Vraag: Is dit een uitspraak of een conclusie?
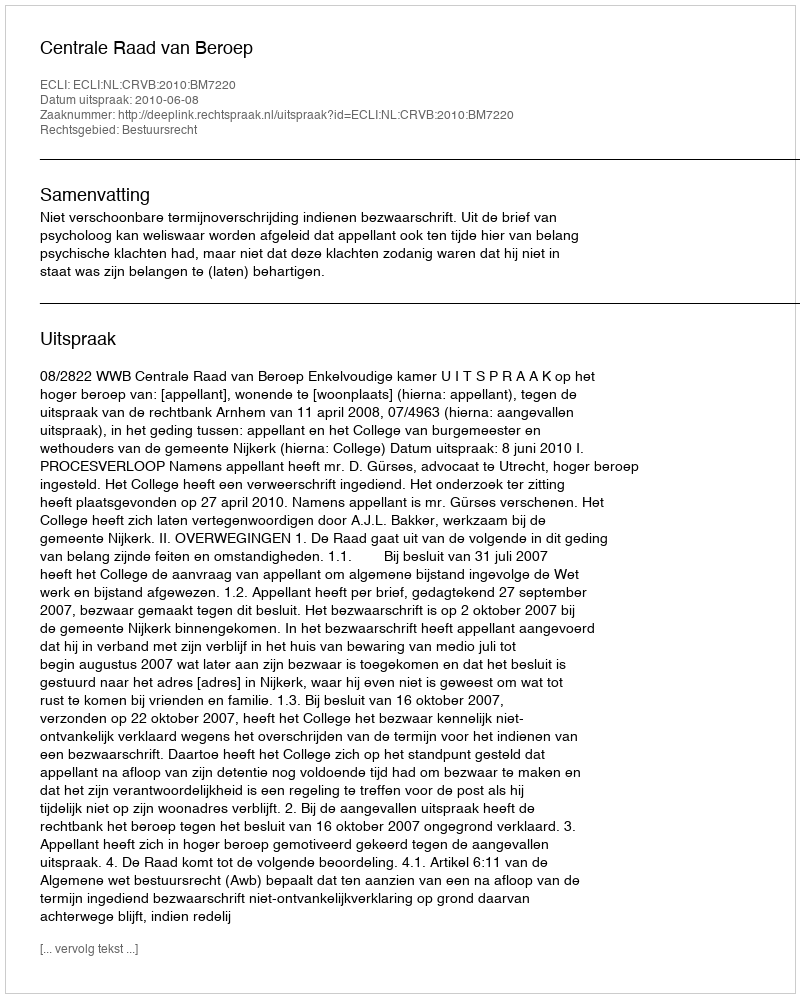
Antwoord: Uitspraak